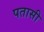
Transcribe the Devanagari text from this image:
पतासी